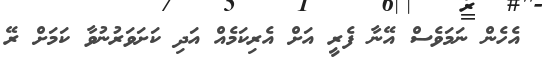
އެހެން ނަމަވެސް އޭނާ ފެރީ އަށް އެރިކަމެއް އަދި ކަށަވަރުނުވާ ކަމަށް ރޭ